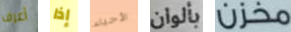
أعرف إذا الأحياء بألوان مخزن